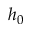
h _ { 0 }